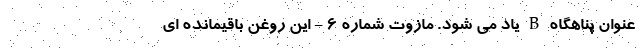
عنوان پناهگاه B یاد می شود. مازوت شماره 6 - این روغن باقیمانده ای